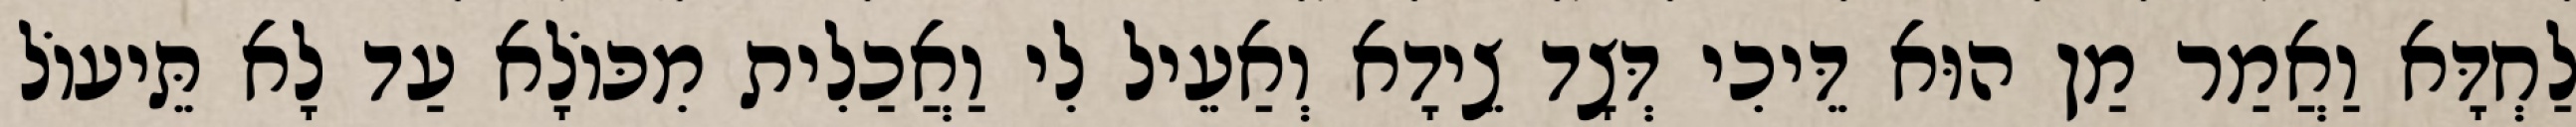
לַחְדָּא וַאֲמַר מַן הוּא דֵּיכִי דְּצָד צֵידָא וְאַעֵיל לִי וַאֲכַלִית מִכּוֹלָא עַד לָא תֵּיעוֹל